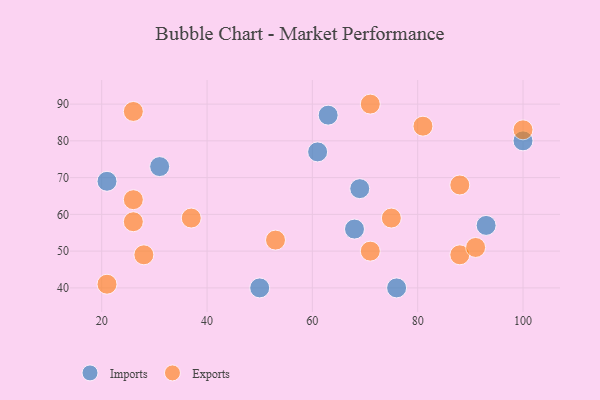
{"axis": {"x": "GDP", "y": "Life Expectancy"}, "legend": ["Exports", "Imports"], "data": [{"x": "21", "y": 69, "type": "Imports"}, {"x": "93", "y": 57, "type": "Imports"}, {"x": "69", "y": 67, "type": "Imports"}, {"x": "63", "y": 87, "type": "Imports"}, {"x": "61", "y": 77, "type": "Imports"}, {"x": "76", "y": 40, "type": "Imports"}, {"x": "68", "y": 56, "type": "Imports"}, {"x": "100", "y": 80, "type": "Imports"}, {"x": "50", "y": 40, "type": "Imports"}, {"x": "31", "y": 73, "type": "Imports"}, {"x": "88", "y": 49, "type": "Exports"}, {"x": "26", "y": 58, "type": "Exports"}, {"x": "71", "y": 90, "type": "Exports"}, {"x": "37", "y": 59, "type": "Exports"}, {"x": "53", "y": 53, "type": "Exports"}, {"x": "71", "y": 50, "type": "Exports"}, {"x": "28", "y": 49, "type": "Exports"}, {"x": "81", "y": 84, "type": "Exports"}, {"x": "26", "y": 64, "type": "Exports"}, {"x": "100", "y": 83, "type": "Exports"}, {"x": "21", "y": 41, "type": "Exports"}, {"x": "26", "y": 88, "type": "Exports"}, {"x": "75", "y": 59, "type": "Exports"}, {"x": "91", "y": 51, "type": "Exports"}, {"x": "88", "y": 68, "type": "Exports"}]}